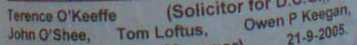
John O'Shee, Tom Loftus, Owen P Keegan,